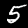
Label: 5